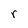
Character: r